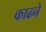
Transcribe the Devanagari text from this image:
काढने